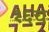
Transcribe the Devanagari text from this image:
१६च